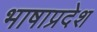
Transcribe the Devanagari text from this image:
भाषाप्रदेश